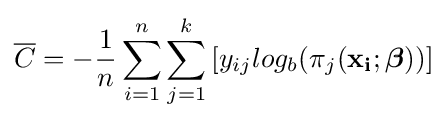
{\overline {C}}=-{\frac {1}{n}}\sum _{i=1}^{n}{\sum _{j=1}^{k}{[y_{ij}log_{b}(\pi _{j}(\mathbf {x_{i}} ;{\boldsymbol {\beta }}))]}}